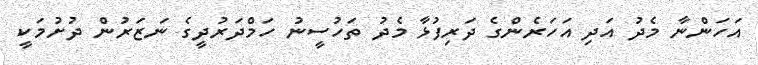
އަހަންނާ މެދު އަދި އަހަރެންގެ ދަރިފުޅާ މެދު ތަހުސީނު ހަމްދަރުދީގެ ނަޒަރުން ދުށުމަކީ